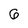
Character: 6